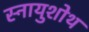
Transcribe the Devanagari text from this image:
स्नायुशोथ